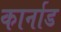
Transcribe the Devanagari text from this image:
कार्नाड